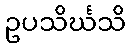
ဥပသိင်္ဃသိ